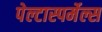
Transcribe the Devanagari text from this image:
पेल्टास्पर्मेल्स